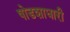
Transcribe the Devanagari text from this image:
षोडशाधारी